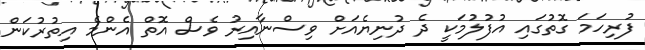
ފުރިހަމަ ގޮތުގައި އުފުލުމަކީ ދެ ދުނިޔެއަށް ވިސްނާއިރު ވެސް އޮތް އެންމެ އިތުރުކަން